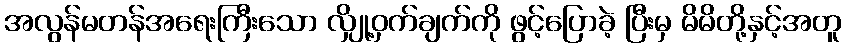
အလွန်မတန်အရေးကြီးသော လျှို့ဝှက်ချက်ကို ဖွင့်ပြောခဲ့ ပြီးမှ မိမိတို့နှင့်အတူ